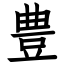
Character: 豊